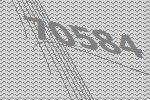
70584